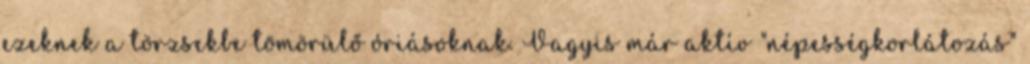
ezeknek a törzsekbe tömörülő óriásoknak. Vagyis már aktív "népességkorlátozás"